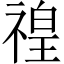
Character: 䄓